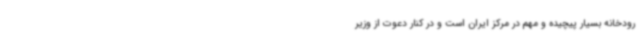
رودخانه بسیار پیچیده و مهم در مرکز ایران است و در کنار دعوت از وزیر